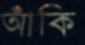
আঁকি